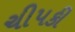
ચીપકી